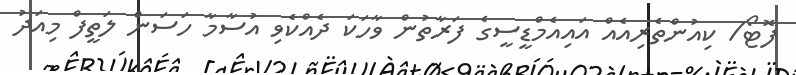
ފޮޓޯ/ ކިއުންތެރިއެއް އައިއެމްޑީސީގެ ފަރާތުން ވާހަކަ ދެއްކެވި އުސާމާ ހަސަން ލަތީފް މިއަދު